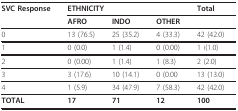
<table><thead><tr><td><b>SVC Response</b></td><td colspan="3"><b>ETHNICITY</b></td><td><b>Total</b></td></tr><tr><td></td><td><b>AFRO</b></td><td><b>INDO</b></td><td><b>OTHER</b></td><td></td></tr></thead><tbody><tr><td>0</td><td>13 (76.5)</td><td>25 (35.2)</td><td>4 (33.3)</td><td>42 (42.0)</td></tr><tr><td>1</td><td>0 (0.0)</td><td>1 (1.4)</td><td>0 (0.00)</td><td>1 i(1.0)</td></tr><tr><td>2</td><td>0 (0.00)</td><td>1 (1.4)</td><td>1 (8.3)</td><td>2 (2.0)</td></tr><tr><td>3</td><td>3 (17.6)</td><td>10 (14.1)</td><td>0 (0.00</td><td>13 (13.0)</td></tr><tr><td>4</td><td>1 (5.9)</td><td>34 (47.9)</td><td>7 (58.3)</td><td>42 (42.0)</td></tr><tr><td><b>TOTAL</b></td><td><b>17</b></td><td><b>71</b></td><td><b>12</b></td><td><b>100</b></td></tr></tbody></table>